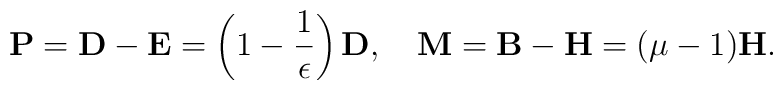
{\bf P}={\bf D-E}=\left(1-{1\over\epsilon}\right){\bf D},\quad {\bf M}={\bf B-H}=(\mu-1){\bf H}.